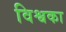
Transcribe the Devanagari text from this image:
विश्वका